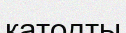
катодты